65_HS1-834228961_62-HQ-83894_Section_9
Agency: FBI
Page 148
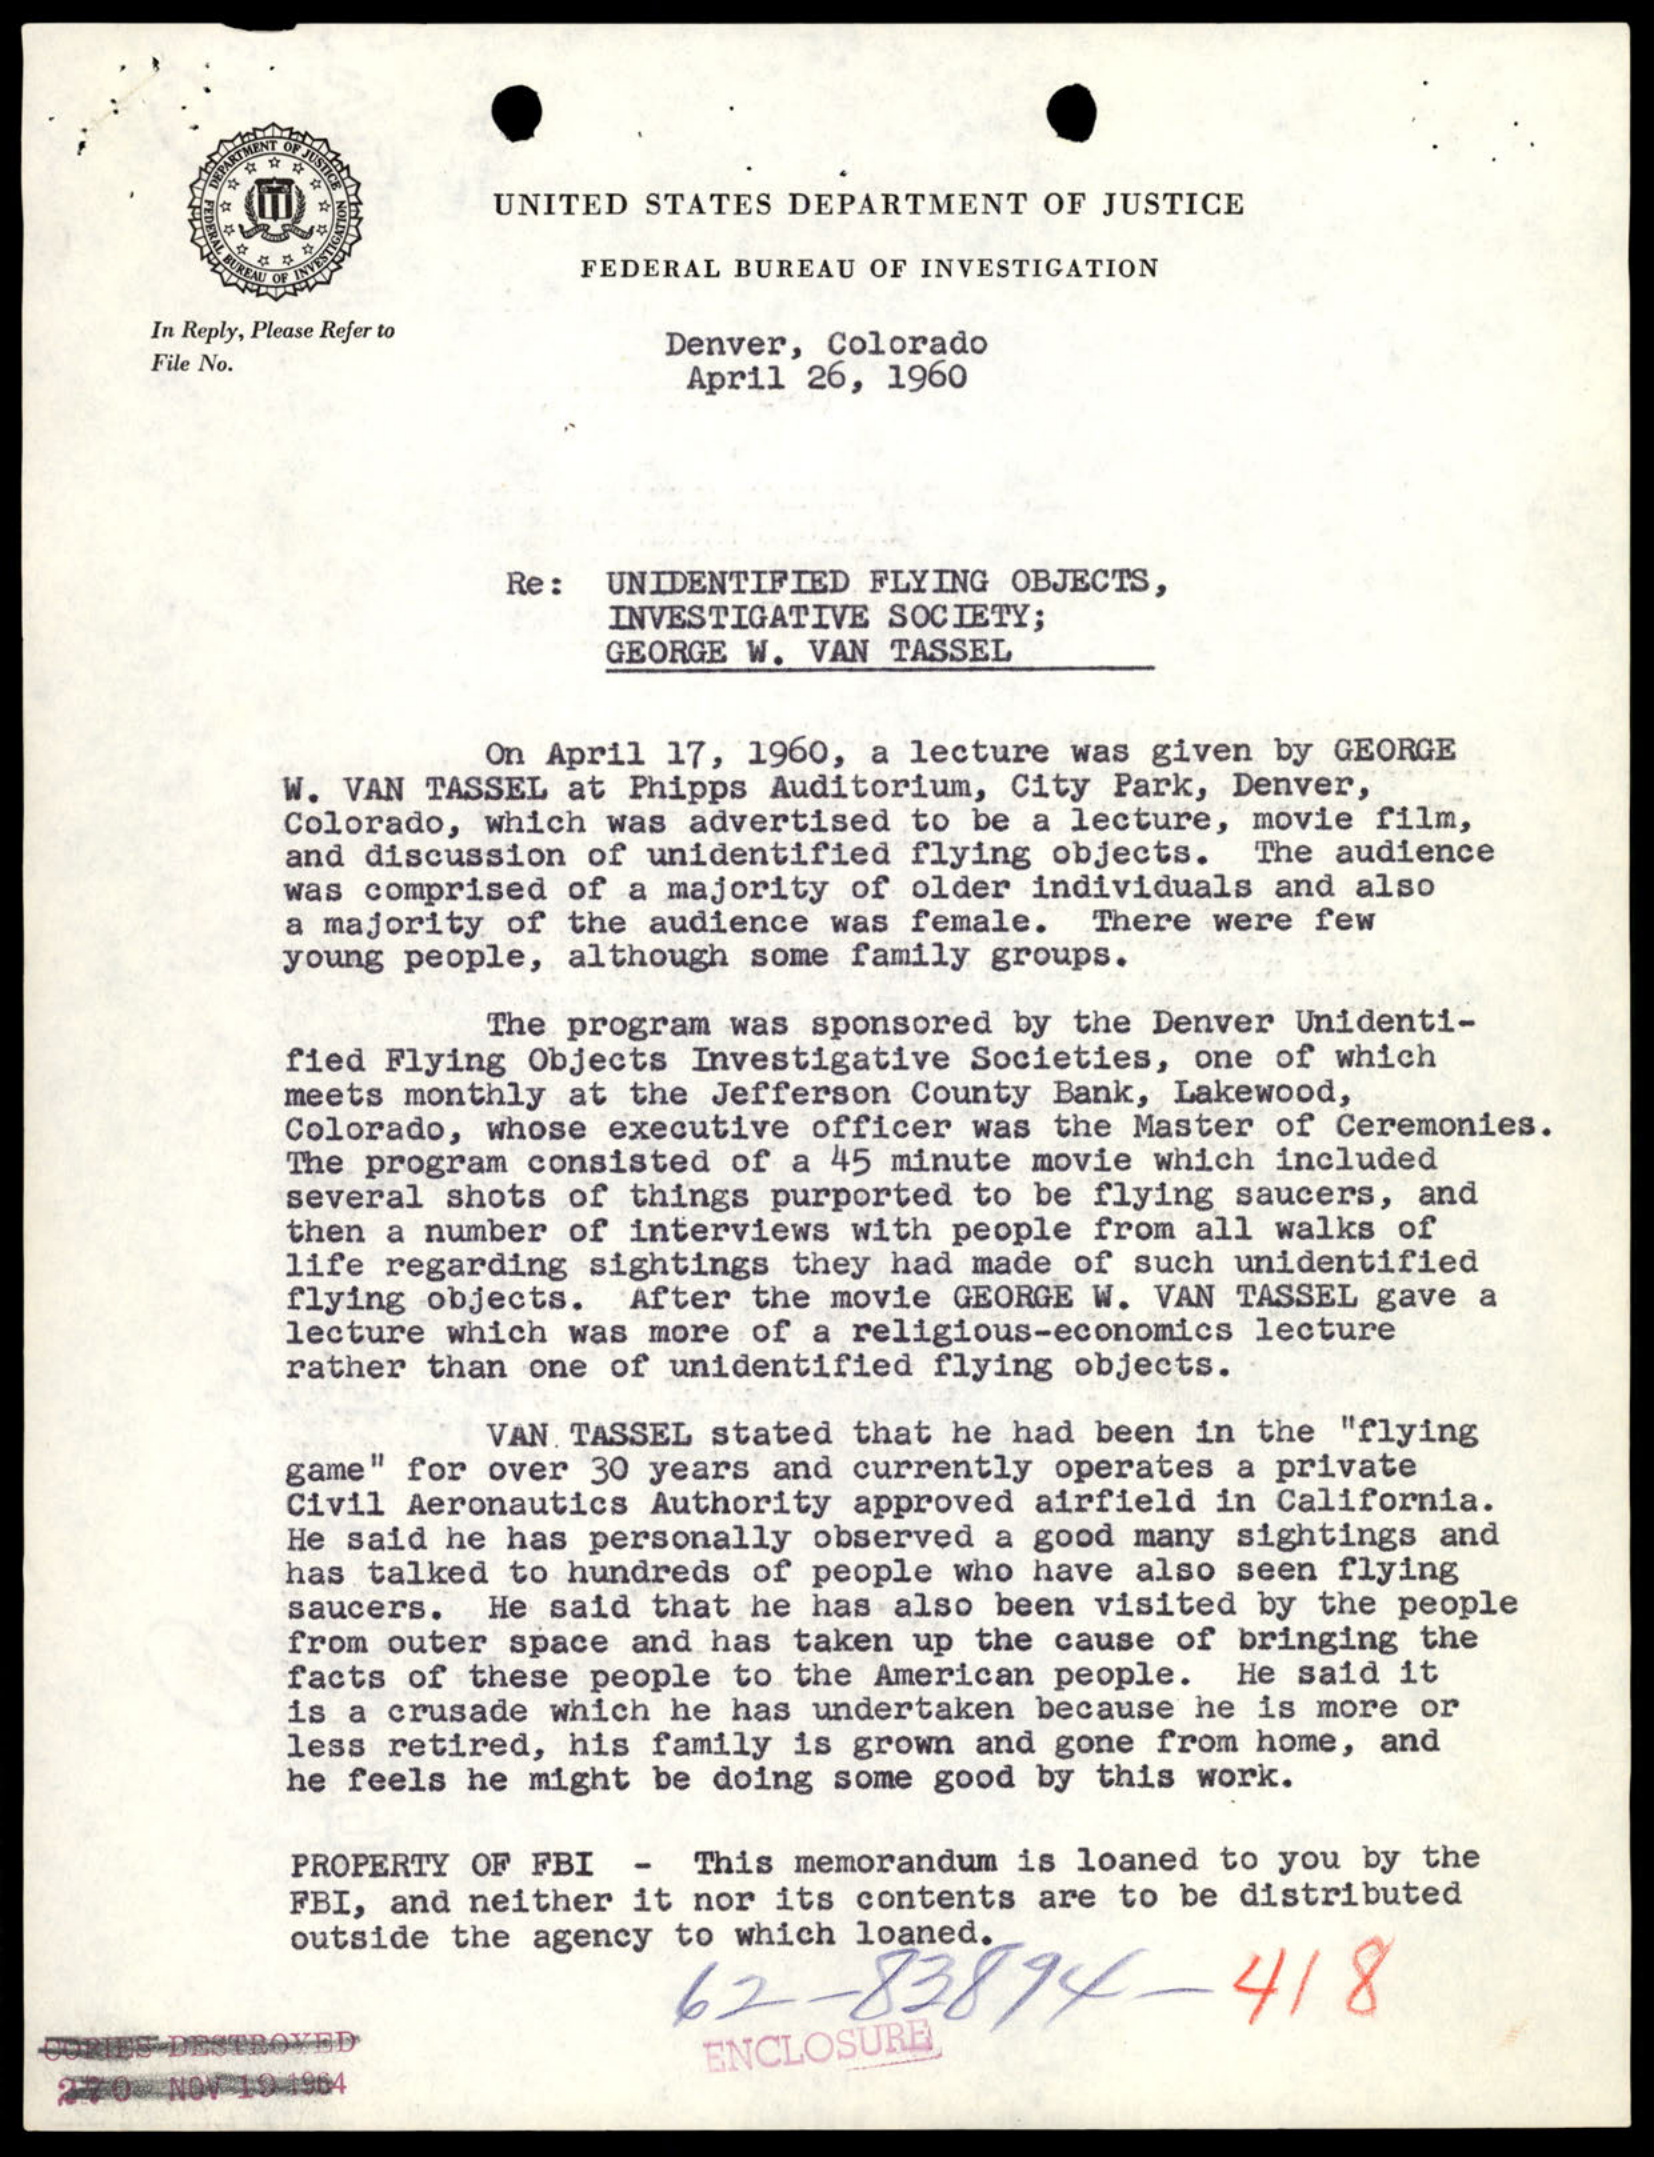